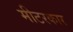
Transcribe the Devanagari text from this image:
मीटरकार